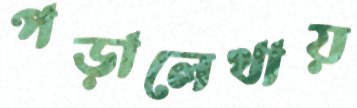
পড়ালেখায়